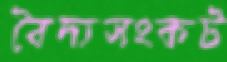
বৈদ্যসংকট